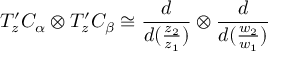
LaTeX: T _ { z } ^ { \prime } C _ { \alpha } \otimes T _ { z } ^ { \prime } C _ { \beta } \cong \frac { d } { d ( \frac { z _ { 2 } } { z _ { 1 } } ) } \otimes \frac { d } { d ( \frac { w _ { 2 } } { w _ { 1 } } ) }